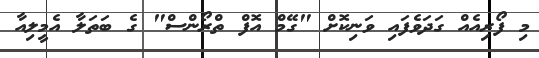
މި ފޯރިއެއް ގަދަވެފައި ވަނިކޮށް "ގޭމް އޮފް ތްރޯންސް" ގެ ބަތަލާ އެމީލިއާ